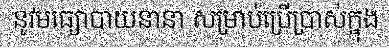
នូវមធ្យោបាយនានា សម្រាប់ប្រើប្រាស់ក្នុង